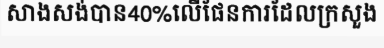
សាងសង់បាន40%លើផែនការដែលក្រសួង